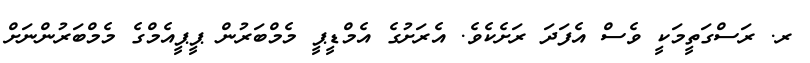
ރ. ރަސްގަތީމަކީ ވެސް އެފަދަ ރަށެކެވެ. އެރަށުގެ އެމްޑީޕީ މެމްބަރުން ޕީޕީއެމްގެ މެމްބަރުންނަށް